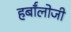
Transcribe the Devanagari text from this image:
हर्बॉलोजी